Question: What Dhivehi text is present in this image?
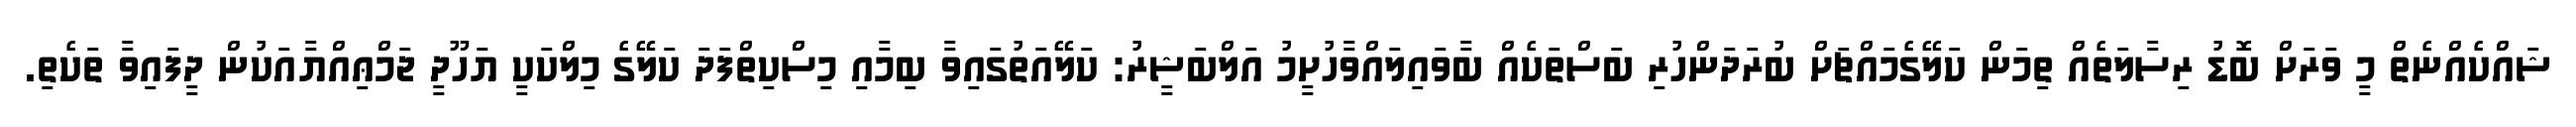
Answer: ޝައްކެއްނެތް މީ ވަރަށް ބޮޑު ރިސާލަތެއް ތިމަން ކަލޭގެމައްޗަށް ބުރަދަންހުރި ބަސްތަކެއް ބާވައިލައްވާހުށީމު އަލްބަޝީރު: ކަލޭއަތުގައިވާ ބިމާއި މިސްކިތްފަދަ ކަލޭގެ މިލްކަކީ ޔަހޫދީ ޖަމްޢިއްޔާއަކުން ދީފައިވާ ތަކެތި.